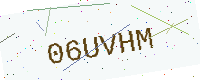
Text: 06UVHM